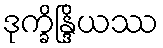
ဒုက္ခိန္ဒြိယဿ